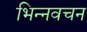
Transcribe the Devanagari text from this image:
भिन्नवचन